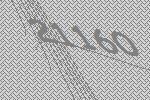
21160